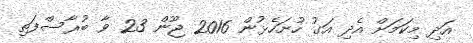
އަދި މިކަމަށް އެދި އަގު ހުށަހެޅުން 2016 ޖޫން 23 ވާ ބުރާސްފަތި